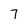
Character: 7